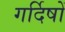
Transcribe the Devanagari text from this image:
गर्दिषों